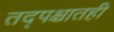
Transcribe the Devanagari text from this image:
तद्पश्चातही